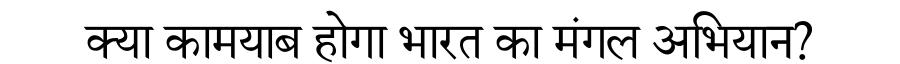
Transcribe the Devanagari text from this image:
क्या कामयाब होगा भारत का मंगल अभियान?